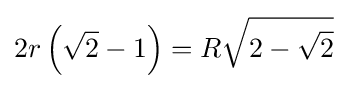
2r\left({\sqrt {2}}-1\right)=R{\sqrt {2-{\sqrt {2}}}}\!